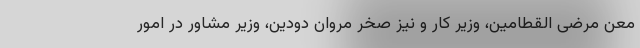
معن مرضی القطامین، وزیر کار و نیز صخر مروان دودین، وزیر مشاور در امور